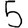
Digit: 5